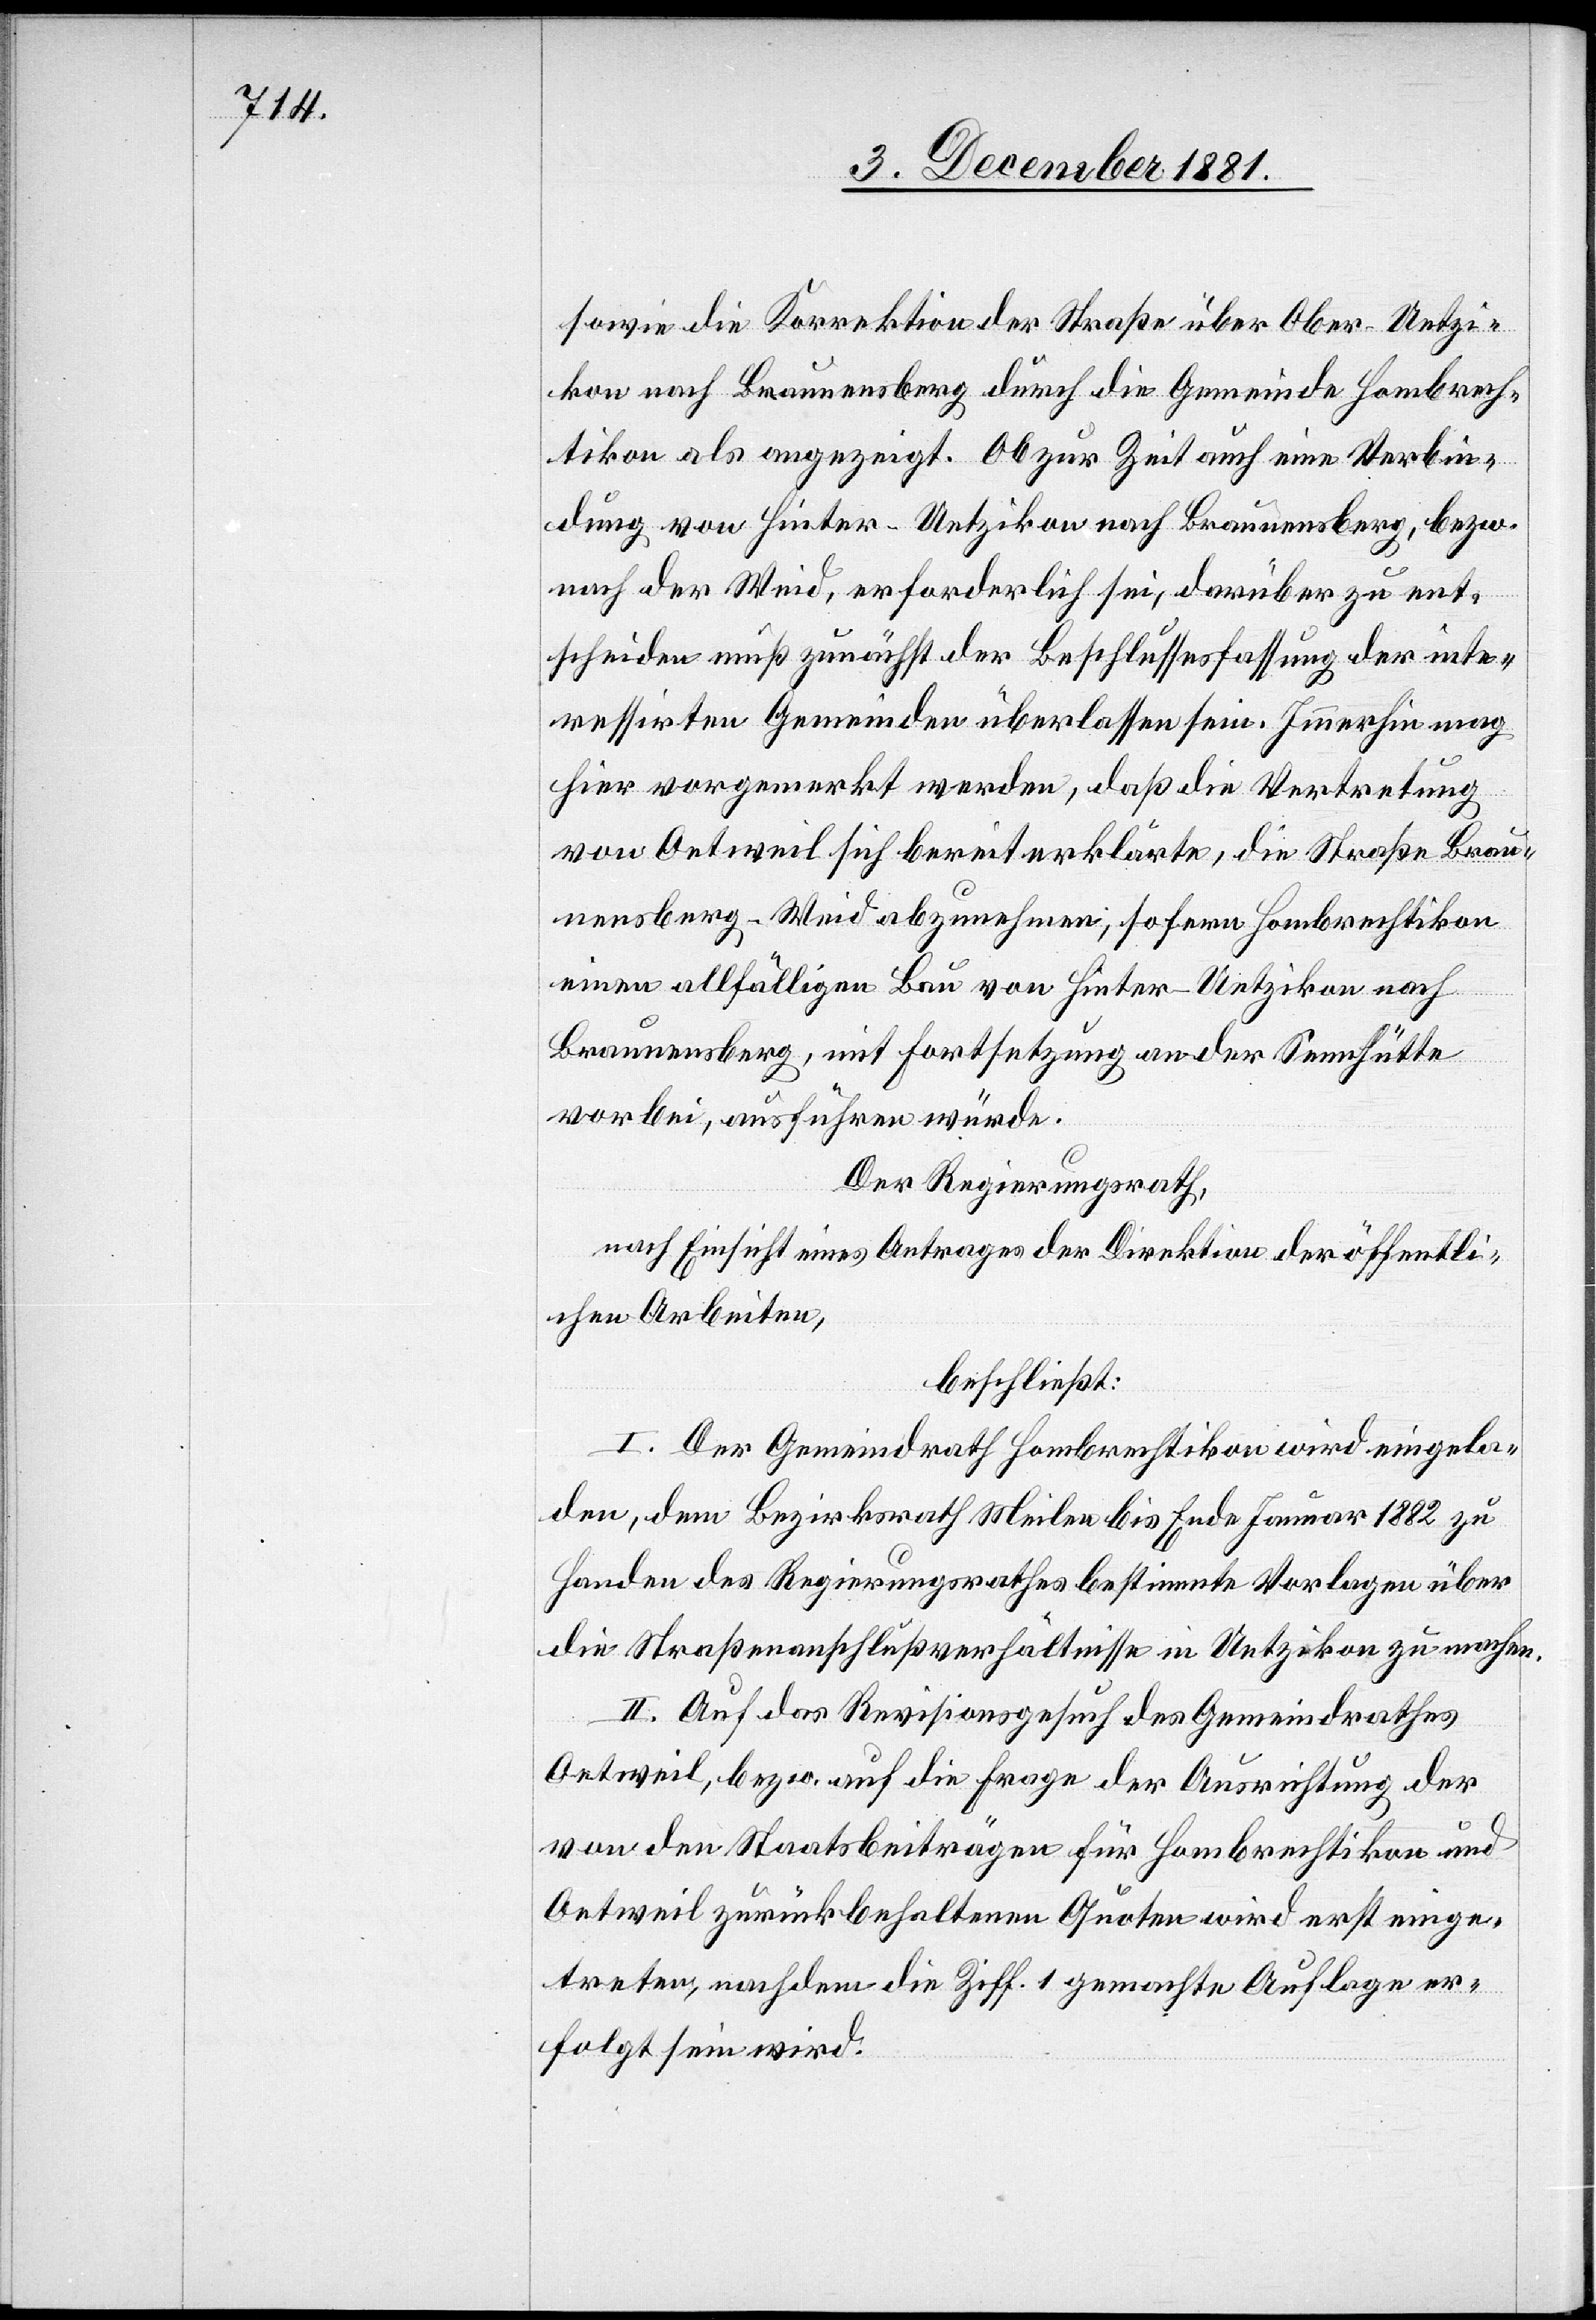
sowie die Korrektion der Straße über Ober-Uetzi¬
kon nach Braunensberg durch die Gemeinde Hombrech¬
tikon als angezeigt. Ob zur Zeit auch eine Verbin¬
dung von Hinter-Uetzikon nach Braunensberg, bezw.
nach der Weid, erforderlich sei, darüber zu ent¬
scheiden muß zunächst der Beschlussesfassung der inter¬
essirten Gemeinden überlassen sein. Immerhin mag
hier vorgemerkt werden, daß die Vertretung
von Oetweil sich bereiterklärte, die Straße Brau¬
nensberg–Weid abzunehmen; sofern Hombrechtikon
einen allfälligen Bau von Hinter-Uetzikon nach
Braunensberg, mit Fortsetzung an der Sennhütte
vorbei, ausführen würde.
Der Regierungsrath,
nach Einsicht eines Antrages der Direktion der öffentli¬
chen Arbeiten,
beschließt:
I. Der Gemeindrath Hombrechtikon wird eingela¬
den, dem Bezirksrath Meilen bis Ende Januar 1882 zu
Handen des Regierungsrathes bestimmte Vorlagen über
die Straßenanschlußverhältnisse in Uetzikon zu machen.
II. Auf das Revisionsgesuch des Gemeindrathes
Oetweil, bezw. auf die Frage der Ausrichtung der
von den Staatsbeiträgen für Hombrechtikon und
Oetweil zurückbehaltenen Quoten wird erst einge¬
treten, nachdem die [in] Ziff. 1 gemachte Auflage er¬
folgt sein wird.